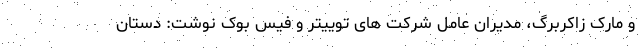
و مارک زاکربرگ، مدیران عامل شرکت های توییتر و فیس بوک نوشت: دستان